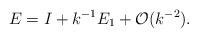
LaTeX: \begin{align*} E=I+k^{-1}E_1+\mathcal{O}(k^{-2}). \end{align*}